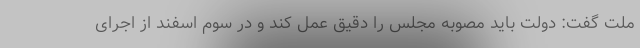
ملت گفت: دولت باید مصوبه مجلس را دقیق عمل کند و در سوم اسفند از اجرای